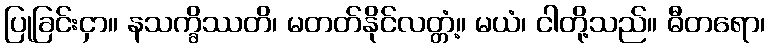
ပြုခြင်းငှာ။ နသက္ခိဿတိ၊ မတတ်နိုင်လတ္တံ့။ မယံ၊ ငါတို့သည်။ ဓီတရော၊